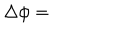
LaTeX: \Delta \phi =